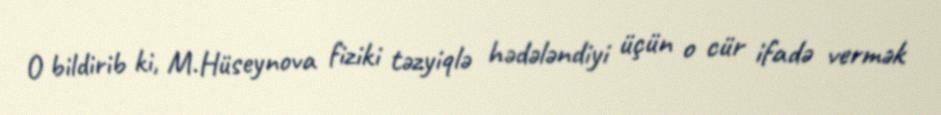
O bildirib ki, M.Hüseynova fiziki təzyiqlə hədələndiyi üçün o cür ifadə vermək